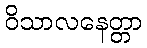
ဝိသာလနေတ္တာ